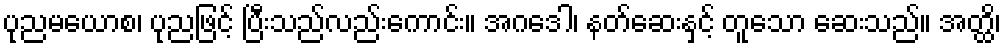
ပုညမယောစ၊ ပုညဖြင့် ပြီးသည်လည်းကောင်း။ အဂဒေါ၊ နတ်ဆေးနှင့် တူသော ဆေးသည်။ အတ္ထိ၊